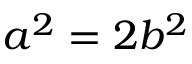
a ^ { 2 } = 2 b ^ { 2 }